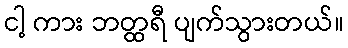
ငါ့ ကား ဘတ္ထရီ ပျက်သွားတယ်။